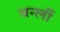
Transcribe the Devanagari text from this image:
बर्न्ली